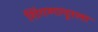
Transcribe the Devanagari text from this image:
शिंगणापूरला